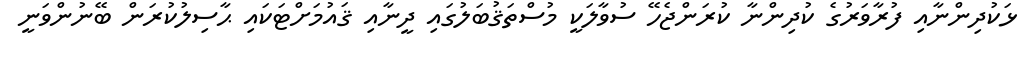
ޅަކުދިންނާއި ފުރާވަރުގެ ކުދިންނާ ކުރަންޖެހޭ ސުވާލަކީ މުސްތަޤުބަލުގައި ދީނާއި ޤައުމަށްޓަކައި ޙާސިލުކުރަން ބޭނުންވަނީ